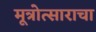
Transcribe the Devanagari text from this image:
मूत्रोत्साराचा